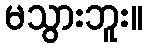
မသွားဘူး။